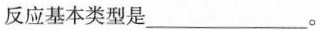
反应基本类型是___。